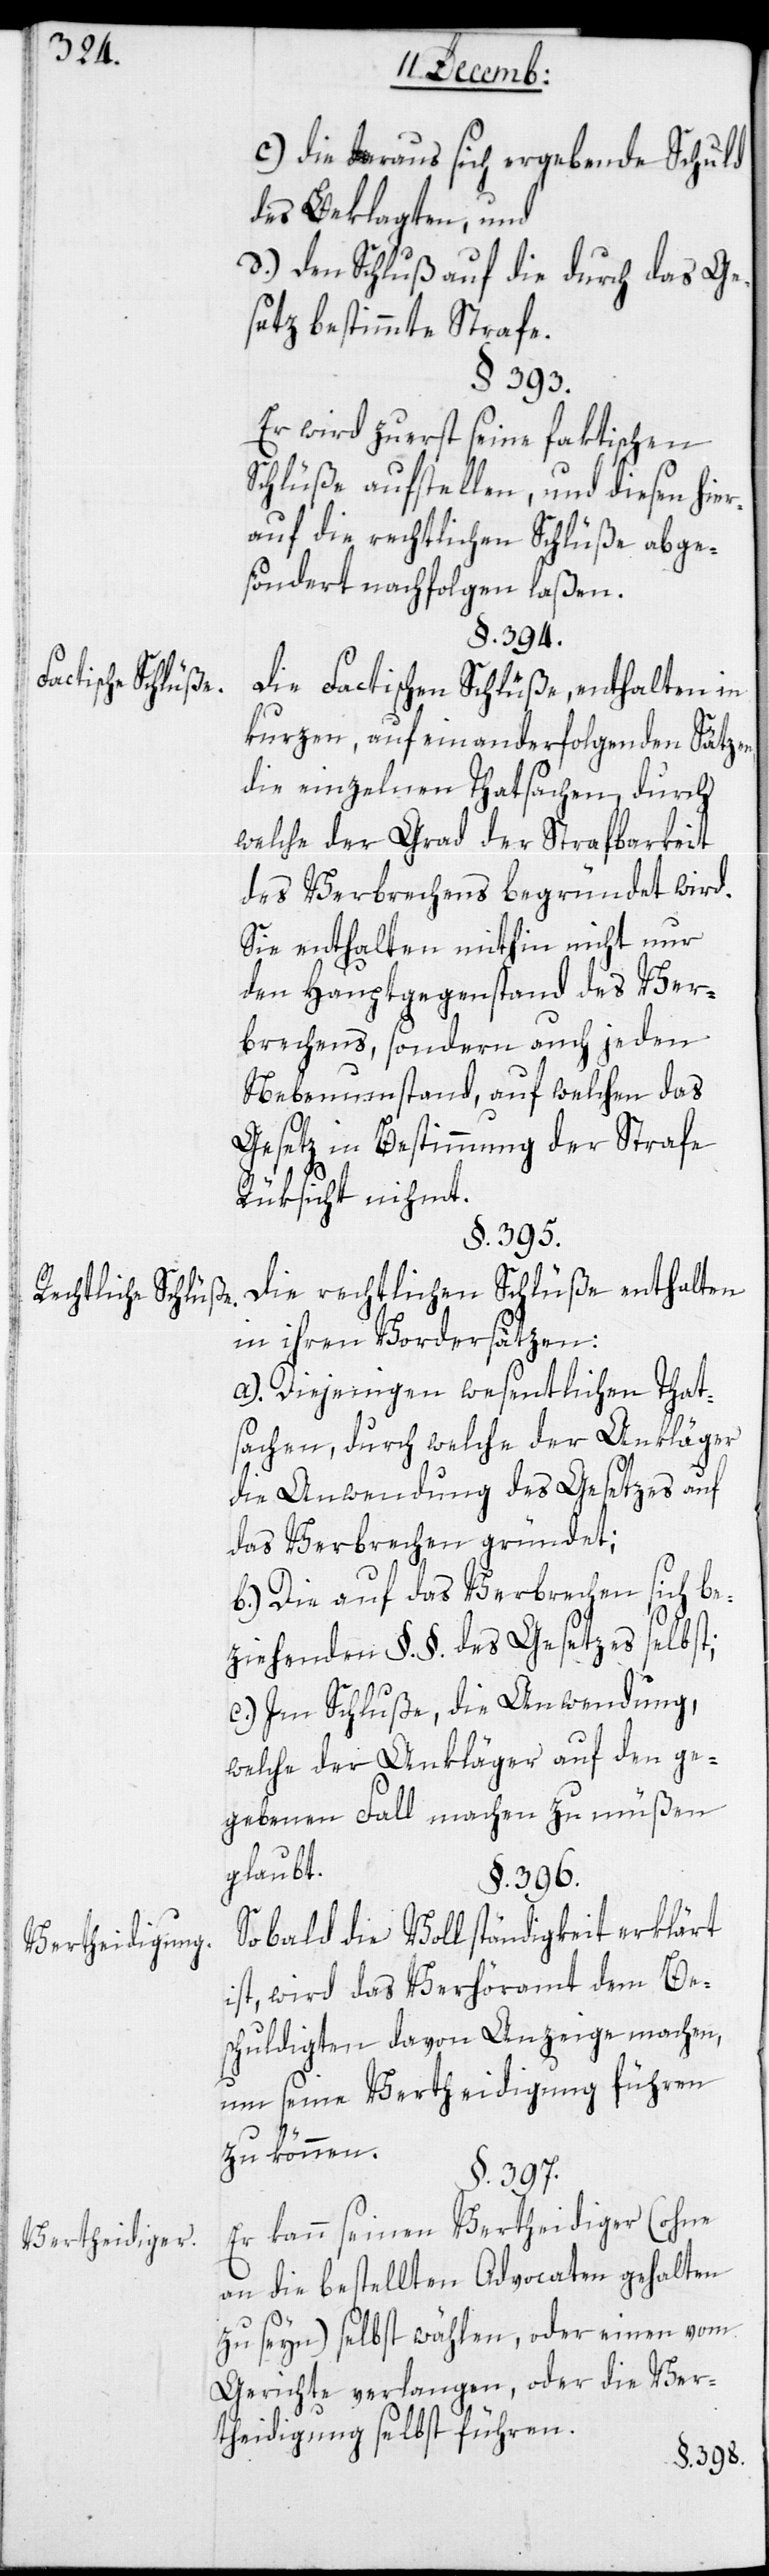
Factische Schlüße.
Rechtliche Schlüße.
Vertheidigung.
Vertheidiger.

c.) die daraus sich ergebende Schuld
des Beklagten; und
d.) den Schluß auf die durch das Ge¬
setz bestimmte Strafe.
§. 393.
Er wird zuerst seine faktischen
Schlüße aufstellen, und diesen hie¬
rauf die rechtlichen Schlüße abge¬
söndert nachfolgen laßen.
§. 394.
Die Factischen Schlüße, enthalten in
kurzen, aufeinander folgenden Sätzen,
die einzelnen Thatsachen, durch
welche der Grad der Strafbarkeit
des Verbrechens begründet wird.
Sie enthalten mithin nicht nur
den Hauptgegenstand des Ver¬
brechens, sondern auch jeden
Nebenumstand, auf welchen das
Gesetz in Bestimmung der Strafe
Rüksicht nimmt.
§. 395.
Die rechtlichen Schlüße enthalten
in ihren Vordersätzen:
a.) Diejenigen wesentlichen That¬
sachen, durch welche der Ankläger
die Anwendung des Gesetzes auf
das Verbrechen gründet;
b.) Die auf das Verbrechen sich be¬
ziehenden §. §. des Gesetzes selbst.
c.) Im Schluße, die Anwendung,
welche der Ankläger auf den ge¬
gebenen Fall machen zu müßen
glaubt.
§. 396.
Sobald die Vollständigkeit erklärt
ist, wird das Verhöramt dem Be¬
schuldigten davon Anzeige machen,
um seine Vertheidigung führen
zu können.
§. 397.
Er kann seinen Vertheidiger (ohne
an die bestellten Advocaten gehalten
zu sein) selbst wählen, oder einen vom
Gerichte verlangen, oder die Ver¬
teidigung selbst führen.